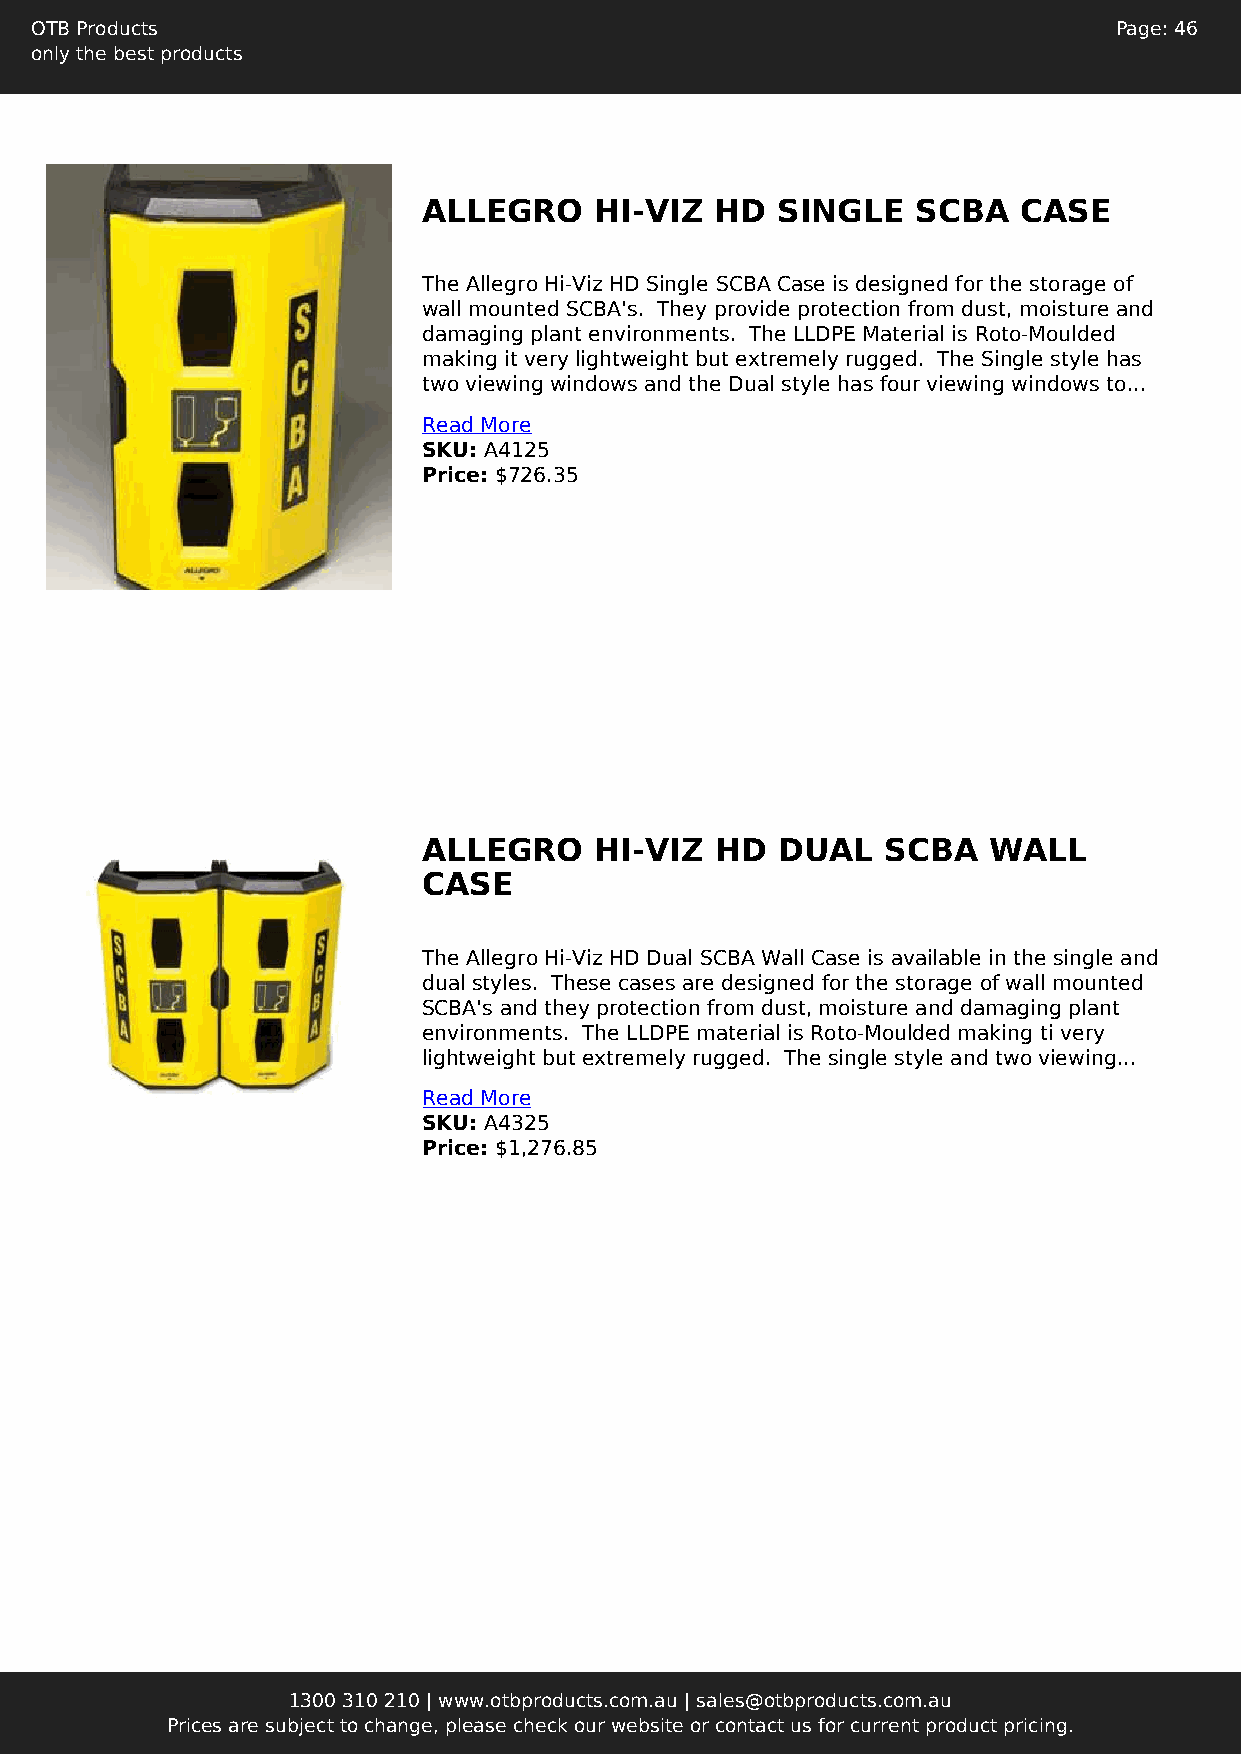
OTB Products                                                            Page: 46
 only the best products
 ALLEGRO    HI-VIZ  HD  SINGLE    SCBA   CASE
 The Allegro Hi-Viz HD Single SCBA Case is designed for the storage of
 wall mounted SCBA's. They provide protection from dust, moisture and
 damaging plant environments. The LLDPE Material is Roto-Moulded
 making it very lightweight but extremely rugged. The Single style has
 two viewing windows and the Dual style has four viewing windows to...
 Read More
 SKU: A4125
 Price: $726.35
 ALLEGRO    HI-VIZ  HD  DUAL    SCBA  WALL
 CASE
 The Allegro Hi-Viz HD Dual SCBA Wall Case is available in the single and
 dual styles. These cases are designed for the storage of wall mounted
 SCBA's and they protection from dust, moisture and damaging plant
 environments. The LLDPE material is Roto-Moulded making ti very
 lightweight but extremely rugged. The single style and two viewing...
 Read More
 SKU: A4325
 Price: $1,276.85
 1300 310 210 | www.otbproducts.com.au | sales@otbproducts.com.au
 Prices are subject to change, please check our website or contact us for current product pricing.